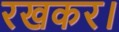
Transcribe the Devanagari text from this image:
रखकर।